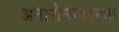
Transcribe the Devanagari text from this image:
अनारोग्यकारक